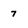
Character: 7